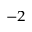
^ { - 2 }